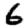
Digit: 6